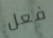
فعل